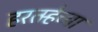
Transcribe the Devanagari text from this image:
हरतर्‍हेच्या